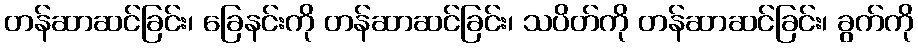
တန်ဆာဆင်ခြင်း၊ ခြေနင်းကို တန်ဆာဆင်ခြင်း၊ သပိတ်ကို တန်ဆာဆင်ခြင်း၊ ခွက်ကို